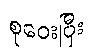
စုဝေးပြီး